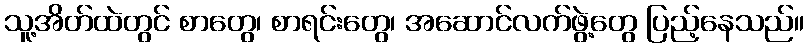
သူ့အိတ်ထဲတွင် စာတွေ၊ စာရင်းတွေ၊ အဆောင်လက်ဖွဲ့တွေ ပြည့်နေသည်။